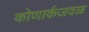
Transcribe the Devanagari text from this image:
कोणार्कजवळ